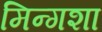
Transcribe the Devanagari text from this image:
मिन्गशा